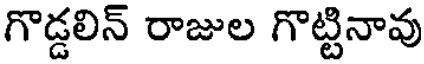
గొడ్డలిన్ రాజుల గొట్టినావు